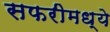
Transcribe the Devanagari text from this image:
सफरीमध्ये